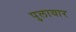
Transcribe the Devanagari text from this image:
पुलायार